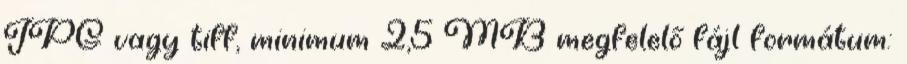
JPG vagy tiff, minimum 2,5 MB megfelelő fájl formátum: